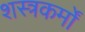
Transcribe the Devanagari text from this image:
शस्त्रकर्मों